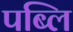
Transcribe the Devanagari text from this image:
पब्लि